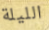
الليلة